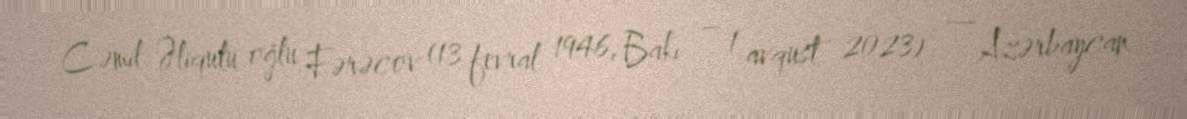
Cəmil Əliqulu oğlu Fərəcov (13 fevral 1946, Bakı – 1 avqust 2023) — Azərbaycan